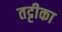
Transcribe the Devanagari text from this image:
तट्टीका